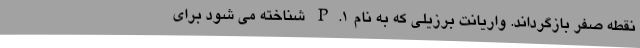
نقطه صفر بازگرداند. واریانت برزیلی که به نام P.1 شناخته می شود برای